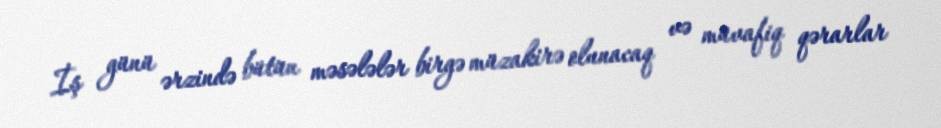
İş günü ərzində bütün məsələlər birgə müzakirə olunacaq və müvafiq qərarlar